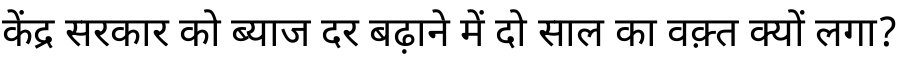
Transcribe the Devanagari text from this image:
केंद्र सरकार को ब्याज दर बढ़ाने में दो साल का वक़्त क्यों लगा?